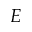
E